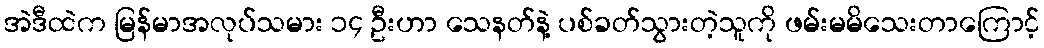
အဲဒီထဲက မြန်မာအလုပ်သမား ၁၄ ဦးဟာ သေနတ်နဲ့ ပစ်ခတ်သွားတဲ့သူကို ဖမ်းမမိသေးတာကြောင့်